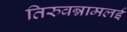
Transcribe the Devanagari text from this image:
तिरुवन्नामलई